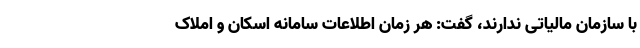
با سازمان مالیاتی ندارند، گفت: هر زمان اطلاعات سامانه اسکان و املاک